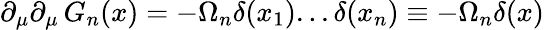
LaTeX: \partial_{\mu}\partial_{\mu}\, G_{n}(x)=-\Omega_{n}\delta(x_{1})...\delta(x_{n})\equiv-\Omega_{n}\delta(x)